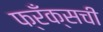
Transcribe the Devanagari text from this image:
फ्रँक्सची